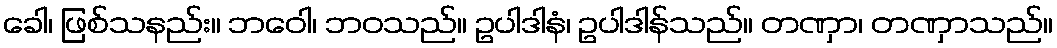
ခေါ၊ ဖြစ်သနည်း။ ဘဝေါ၊ ဘဝသည်။ ဥပါဒါနံ၊ ဥပါဒါန်သည်။ တဏှာ၊ တဏှာသည်။